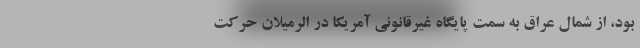
بود، از شمال عراق به سمت پایگاه غیرقانونی آمریکا در الرمیلان حرکت